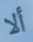
ألا